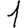
Digit: 1